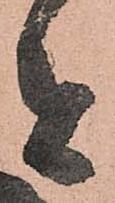
者